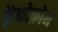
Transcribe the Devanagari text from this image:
फ़्रेंकोफ़ोन